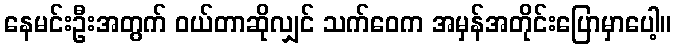
နေမင်းဦးအတွက် ဝယ်တာဆိုလျှင် သက်ဝေက အမှန်အတိုင်းပြောမှာပေါ့။